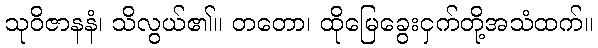
သုဝိဇာနနံ၊ သိလွယ်၏။ တတော၊ ထိုမြေခွေးငှက်တို့အသံထက်။